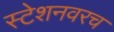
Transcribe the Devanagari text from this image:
स्टेशनवरच